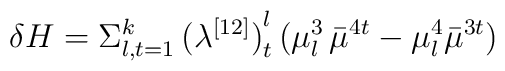
\delta H = \Sigma_{l,t=1}^k \,{\bigl(\lambda^{[12]}\bigr)}^l_t \,(\mu^3_l \, {\bar\mu}^{4t}- \mu^4_l{\bar\mu}^{3t})